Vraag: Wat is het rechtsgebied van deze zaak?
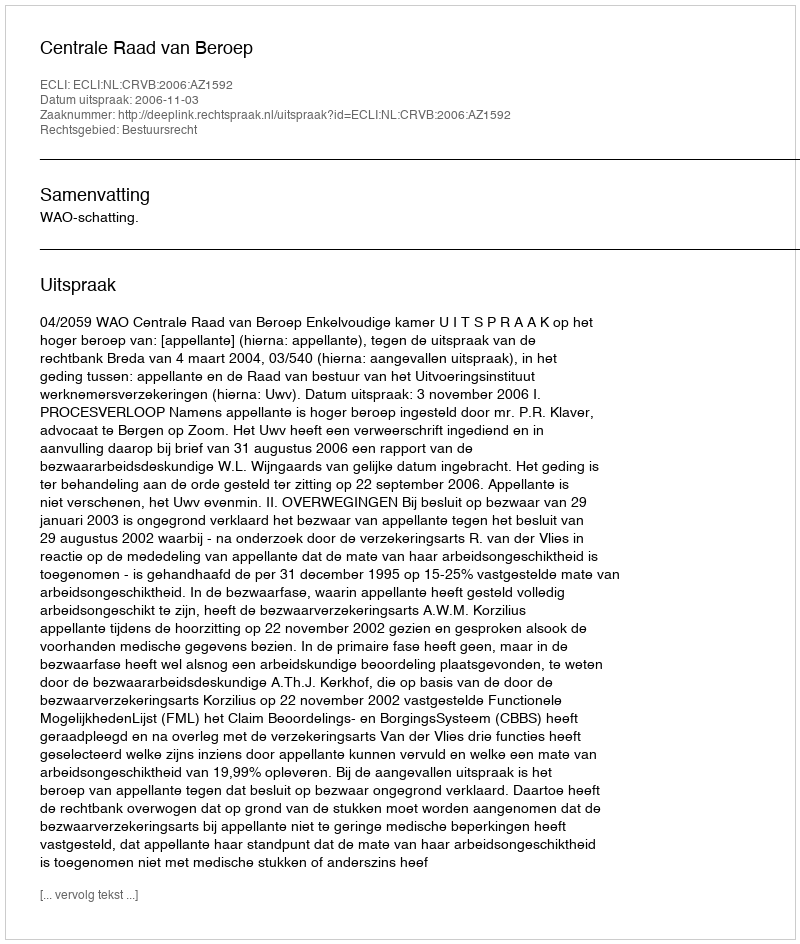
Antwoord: Bestuursrecht